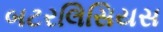
બટરલિસિયસ